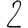
Digit: 2